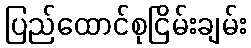
ပြည်ထောင်စုငြိမ်းချမ်း